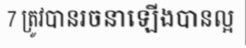
7 ត្រូវបានរចនាឡើងបានល្អ